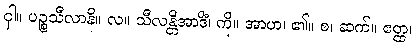
ငှါ။ ပဉ္စသီလာနိ။ လ။ သီလန္တိအာဒိံ၊ ကို။ အာဟ၊ ၏။ စ၊ ဆက်။ ဧတ္ထ၊